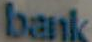
bank